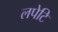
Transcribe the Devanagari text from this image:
लपेटि